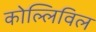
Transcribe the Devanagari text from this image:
कोल्लिविल